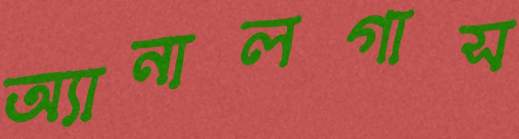
অ্যানালগাস